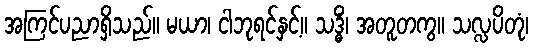
အကြင်ပညာရှိသည်။ မယာ၊ ငါဘုရင်နှင့်။ သဒ္ဓိံ၊ အတူတကွ။ သလ္လပိတုံ၊